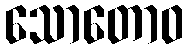
သောတောဝ